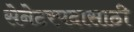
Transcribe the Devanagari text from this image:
सेनेटरपदासाठी